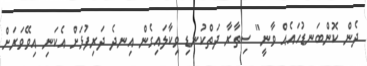
ދެން ކޮންބަނޑުހައެއް ވާނީ" ސިތާރާ ދަތްކުނޑި ވިކާލައިގެން އިނދެ ދަރިފުޅަށް އެކަނި އިވޭވަރަށް